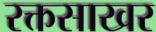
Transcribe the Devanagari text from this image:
रक्तसाखर